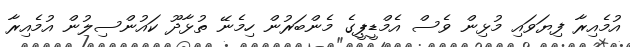
އުމެއިރާ ފިޔަވައި މުޅިން ވެސް އެމްޑީޕީގެ މެންބަރުން ހިމެނޭ ތުޅާދޫ ކައުންސިލުން އުމެއިރާ